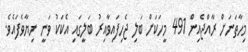
މިހާތަނަށް ރާއްޖެއިން 491 މީހަކަށް ބަލި ޖެހިފައިވާއިރު ބަލީގައި އެކަކު ވަނީ ނިޔާވެފައެވެ.